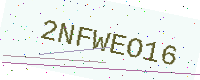
Text: 2NFWEO16